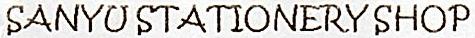
SANYU STATIONERY SHOP